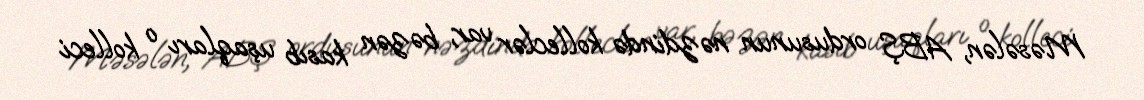
Məsələn, ABŞ ordusunun nəzdində kolleclər var, bəzən kasıb uşaqları o kolleci